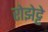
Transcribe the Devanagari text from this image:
रोझेट्टे